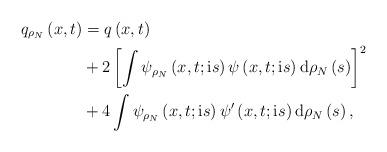
LaTeX: \begin{align*}q_{\rho_{N}}\left( x,t\right) & =q\left( x,t\right) \\& +2\left[ \int\psi_{\rho_{N}}\left( x,t;\mathrm{i}s\right) \psi\left(x,t;\mathrm{i}s\right) \mathrm{d}\rho_{N}\left( s\right) \right]^{2}\\& +4\int\psi_{\rho_{N}}\left( x,t;\mathrm{i}s\right) \psi^{\prime}\left(x,t;\mathrm{i}s\right) \mathrm{d}\rho_{N}\left( s\right) ,\end{align*}